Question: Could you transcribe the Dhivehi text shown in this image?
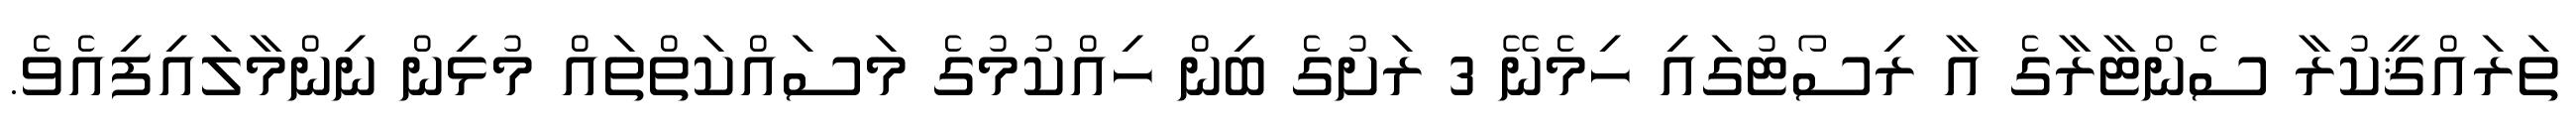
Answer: ތަރައްޤީކުރާ ސެންޓާރާގެ އާ ރިސޯޓުގައި ހިމެނޭ 3 ރަށުގެ ބިން ހިއްކުމުގެ މަސައްކަތްތައް މުޅިން ނިންމާލައިފިއެވެ.